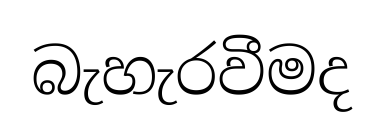
බැහැරවීමද